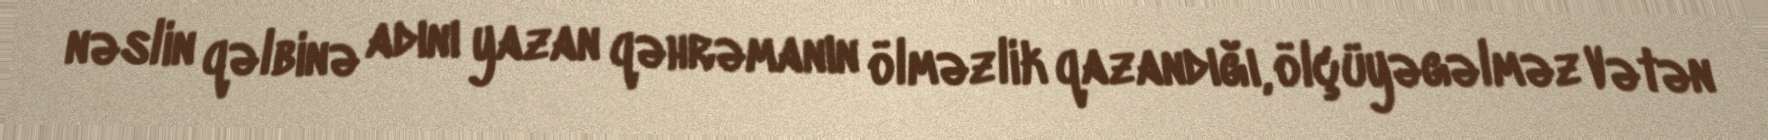
nəslin qəlbinə adını yazan qəhrəmanın ölməzlik qazandığı, ölçüyəgəlməz Vətən